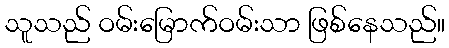
သူသည် ဝမ်းမြောက်ဝမ်းသာ ဖြစ်နေသည်။